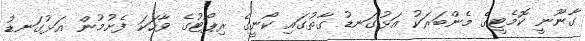
ގާނޫނީ ކޮމެޓީގެ މެންބަރަކު އަޅުގަނޑު ގާތުގައި ކޯނީގެ ރިޕޯޓުގެ ވާހަކަ ފެށުމުން އަޅުގަނޑު